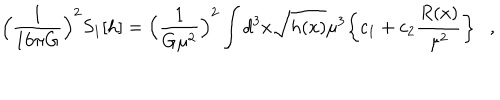
\Bigl ( \frac { 1 } { 1 6 \pi G } \Bigr ) ^ { 2 } S _ { 1 } [ h ] = \Bigl ( \frac { 1 } { G \mu ^ { 2 } } \Bigr ) ^ { 2 } \int d ^ { 3 } x \sqrt { h ( x ) } \mu ^ { 3 } \biggl \{ c _ { 1 } + c _ { 2 } \frac { R ( x ) } { \mu ^ { 2 } } \biggr \} ,